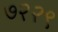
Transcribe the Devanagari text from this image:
७२२९